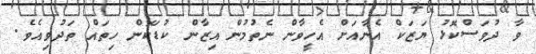
ވާ ދުވަސްކޮޅު ޔަޒަކް އެނާއަށް އެހީވާން ނެތުމުން އިޒާން ކުޑަކޮން ހިތައް ތަދުވިއެވެ.